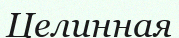
Целинная